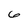
Character: 6